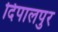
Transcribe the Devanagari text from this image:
दिपालपुर